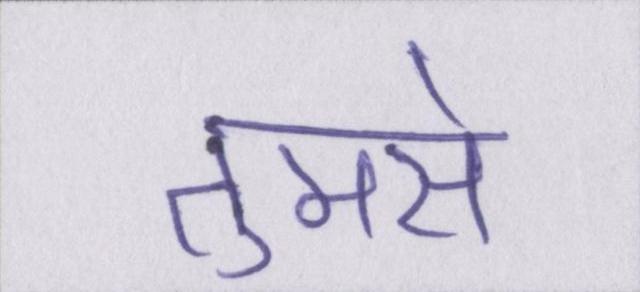
तुमसे